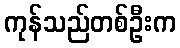
ကုန်သည်တစ်ဦးက